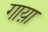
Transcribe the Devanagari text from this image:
गाय़ा